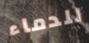
للدماء